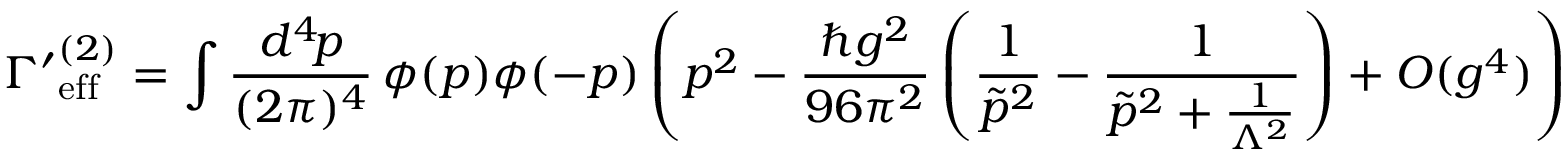
{ \Gamma ^ { \prime } } _ { \mathrm { e f f } } ^ { { ( 2 ) } } = \int \frac { d ^ { 4 } \! p } { ( 2 \pi ) ^ { 4 } } \, \phi ( p ) \phi ( - p ) \left( p ^ { 2 } - \frac { \hbar g ^ { 2 } } { 9 6 \pi ^ { 2 } } \left( \frac { 1 } { \tilde { p } ^ { 2 } } - \frac { 1 } { \tilde { p } ^ { 2 } + \frac { 1 } { \Lambda ^ { 2 } } } \right) + O ( g ^ { 4 } ) \right)